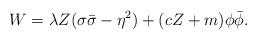
LaTeX: \begin{align*}W=\lambda {Z}(\sigma \bar\sigma -\eta ^2) + ( c Z+m ) \phi\bar \phi.\end{align*}